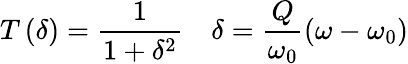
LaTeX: T\left(\delta\right)=\frac{1}{1+\delta^{2}}\quad\delta=\frac{Q}{\omega_{0}}\left(\omega-\omega_{0}\right)